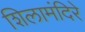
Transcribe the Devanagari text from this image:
शिलामंदिरे